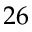
2 6